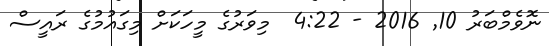
ނޮވެމްބަރު 10